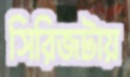
সিরিজটায়